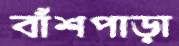
বাঁশপাড়া